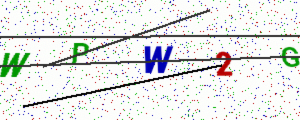
Text: WPW2G